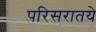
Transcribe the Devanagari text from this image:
परिसरातये